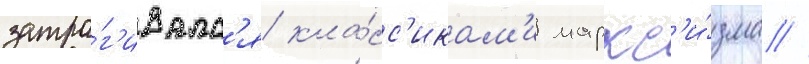
затра́г'ивалс'я кла́сс'икам'и маркс'и́зма //